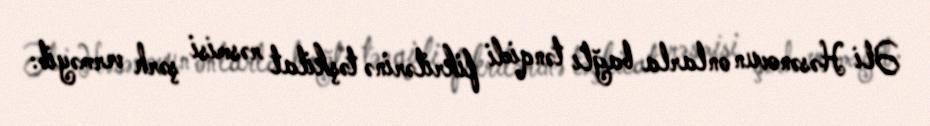
Əli Həsənovun onlarla bağlı tənqidi fikrilərinə təşkilat rəsmisi şərh verməyib: